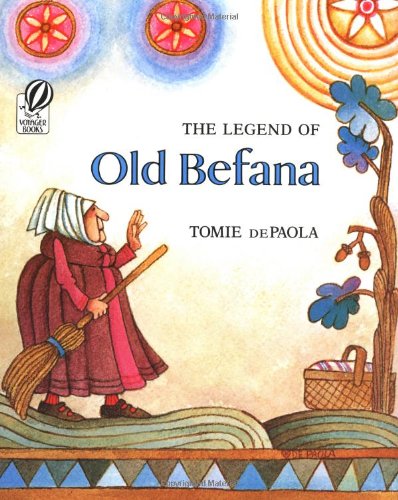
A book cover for The Legend of Old Befana; Tomie dePaola; Politics & Social Sciences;